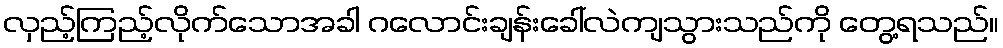
လှည့်ကြည့်လိုက်သောအခါ ဂလောင်းချန်းခေါ်လဲကျသွားသည်ကို တွေ့ရသည်။